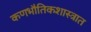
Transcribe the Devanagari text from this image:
कणभौतिकशास्त्रात